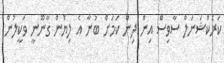
ކަރެކްޝަނަލް ސާވިސް އިން ދިން ކަމަށް ބުނާ އެ ލިޔުން ގާނޫނީ ވަކީލުން